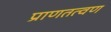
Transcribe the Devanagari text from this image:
प्राणतत्वण